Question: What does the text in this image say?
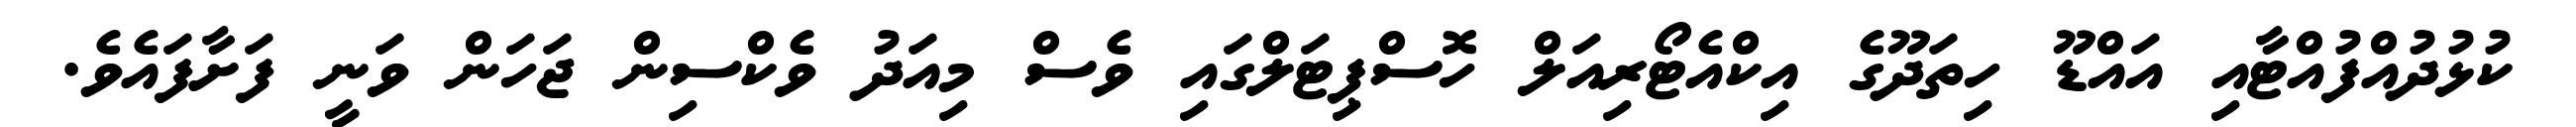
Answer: ކުޅުދުއްފުއްޓާއި އައްޑޫ ހިތަދޫގެ އިކްއެޓޯރިއަލް ހޮސްޕިޓަލްގައި ވެސް މިއަދު ވެކްސިން ޖަހަން ވަނީ ފަށާފައެވެ.